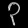
Digit: ၃